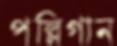
পল্লিগান